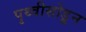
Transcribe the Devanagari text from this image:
पृथ्वीसोडून